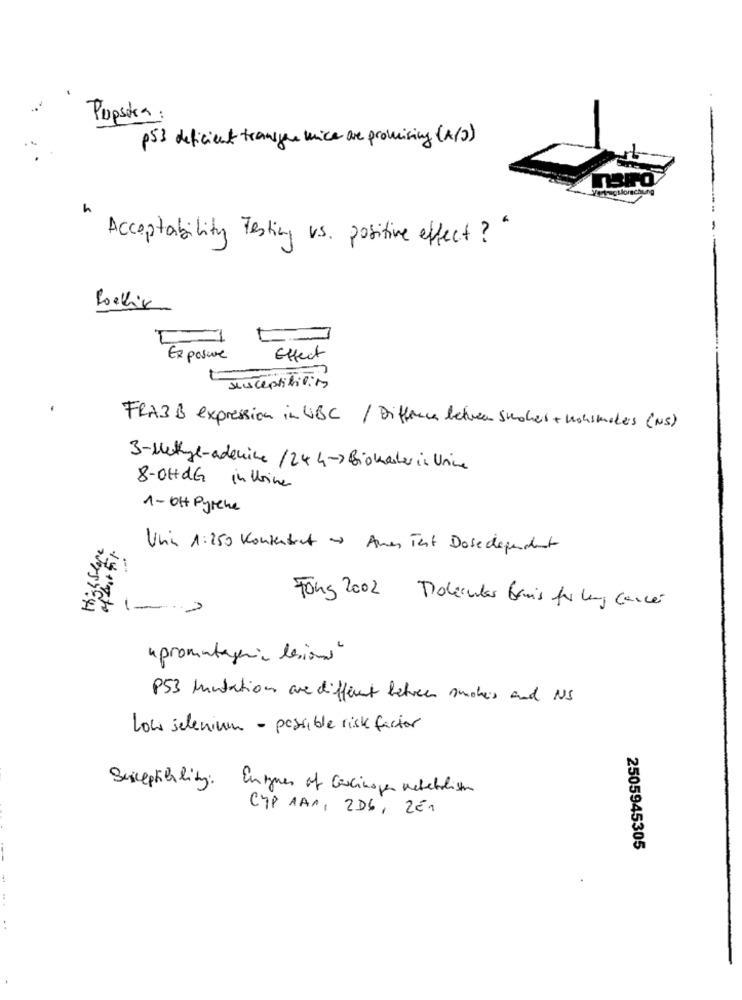
Pupsora
p53 deficient transfer mice are promising (A/2)
h
---.
Acceptability Testing vs. positive efect ? "
Boekix
Exposive
Effect
susceptibility
.
FRA3 B expression in UBC / Difference between sucher + nonsmokers (NS)
3-Methyl-adenine /244-3 Biowasher in Urine
8-OHdG in Urine
1- OH Pyrene
HighStafe
Uhin 1:250 Konzentrat - Amen Test Dosedependent
-
Fong 2002 Doleantes banis for lung cancer
apromutagenic lesioni
PS3 kuntation are different between smokers and NS
Low selenium - possible risk factor
Susceptihling: Engener of Careingen Kebeblisten
CHP 1A1, 2Db, 2En
2505945305